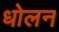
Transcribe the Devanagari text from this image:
धोलन